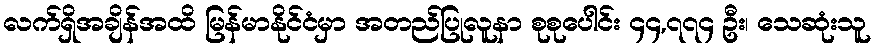
လက်ရှိအချိန်အထိ မြန်မာနိုင်ငံမှာ အတည်ပြုလူနာ စုစုပေါင်း ၄၄,၇၇၄ ဦး၊ သေဆုံးသူ